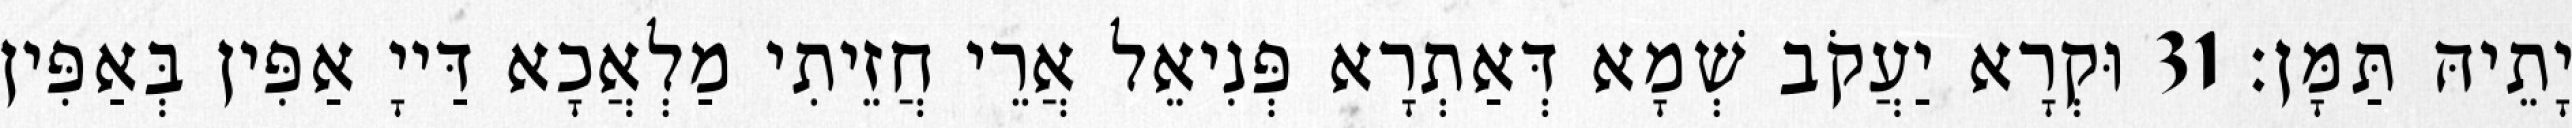
יָתֵיהּ תַּמָּן׃ 31 וּקְרָא יַעֲקֹב שְׁמָא דְּאַתְרָא פְּנִיאֵל אֲרֵי חֲזֵיתִי מַלְאֲכָא דַּייָ אַפִּין בְּאַפִּין